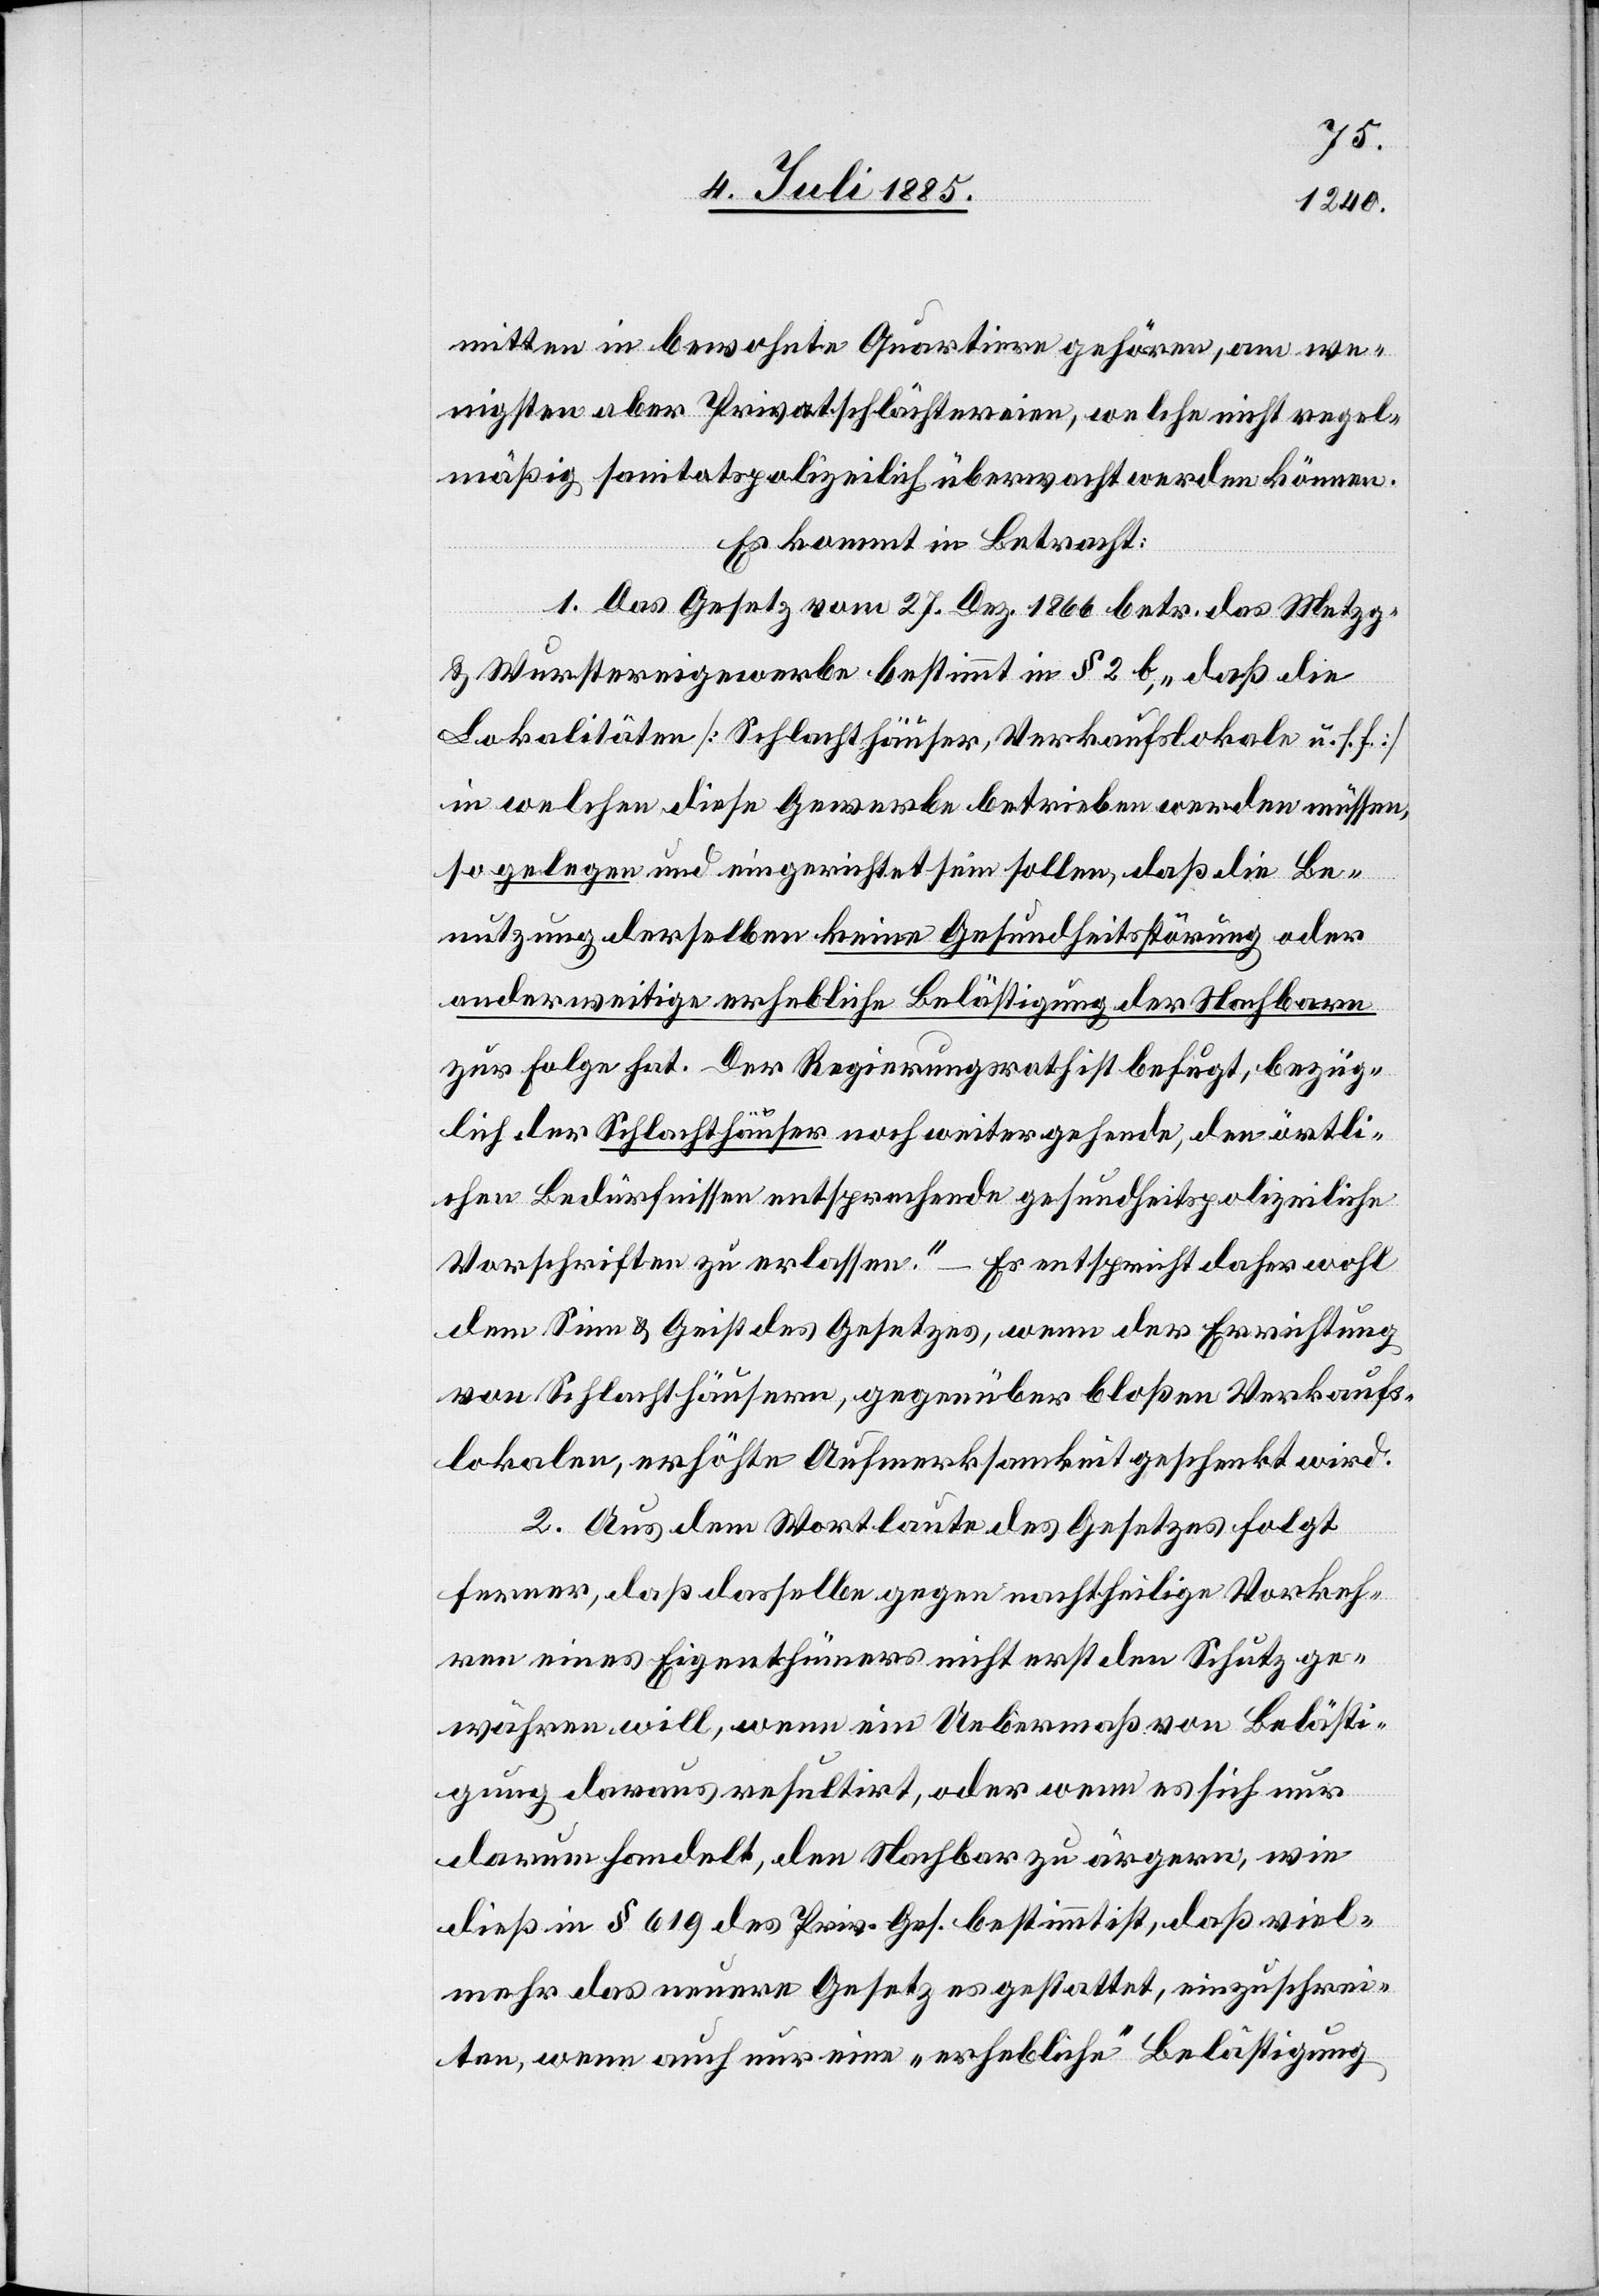
mitten in bewohnte Quartiere gehören, am we¬
nigsten aber Privatschlachtereien, welche nicht regel¬
mäßig sanitätspolizeilich überwacht werden können.
Es kommt in Betracht:
1. Das Gesetz vom 27. Dez. 1866 betr. das Metzg-
& Wurstereigewerbe bestimmt in §2 b, „daß die
Lokalitäten [Schlachthäuser, Verkaufslokale u. s. f.]
in welchen diese Gewerbe betrieben werden müssen,
so gelegen und eingerichtet sein sollen, daß die Be¬
nutzung derselben keine Gesundheitsstörung oder
anderweitige erhebliche Belästigung der Nachbarn
zur Folge hat. Der Regierungsrath ist befugt, bezüg¬
lich der Schlachthäuser noch weitergehende, den örtli¬
chen Bedürfnissen entsprechende gesundheitspolizeiliche
Vorschriften zu erlassen.“ – Es entspricht daher wohl
dem Sinn & Geist des Gesetzes, wenn der Errichtung
von Schlachthäusern, gegenüber bloßen Verkaufs¬
lokalen, erhöhte Aufmerksamkeit geschenkt wird.
2. Aus dem Wortlaute des Gesetzes folgt
ferner, daß dasselbe gegen nachtheilige Vorkeh¬
ren eines Eigenthümers nicht erst den Schutz ge¬
währen will, wenn ein Uebermaß von Belästi¬
gung daraus resultirt, oder wenn es sich nur
darum handelt, den Nachbar zu ärgern, wie
dieß in § 619 des Priv. Ges. bestimmt ist, daß viel¬
mehr das neuere Gesetz es gestattet, einzuschrei¬
ten, wenn auch nur eine „erhebliche“ Belästigung